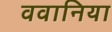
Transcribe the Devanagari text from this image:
ववानिया